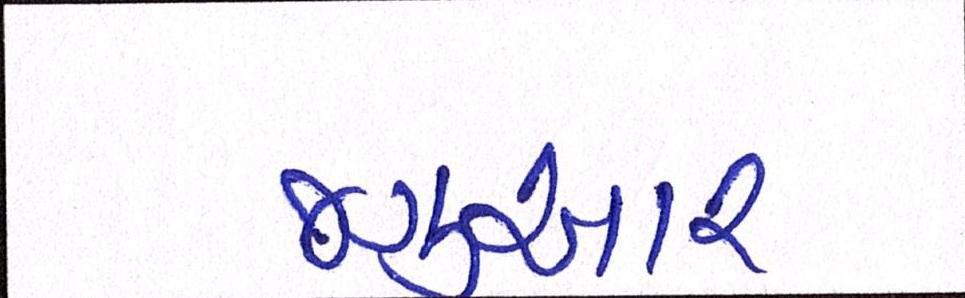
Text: જગુઆર